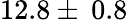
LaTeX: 12.8\pm\: 0.8